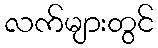
လက်များတွင်